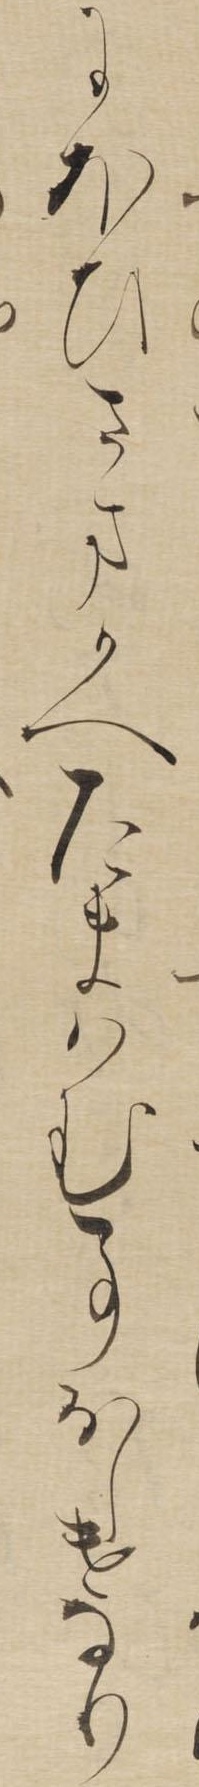
にほひさまかへたまはむ事おしけなり